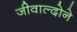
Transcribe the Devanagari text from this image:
जीवाल्दोने